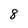
Character: 8